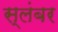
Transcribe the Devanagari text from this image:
स्लंबर